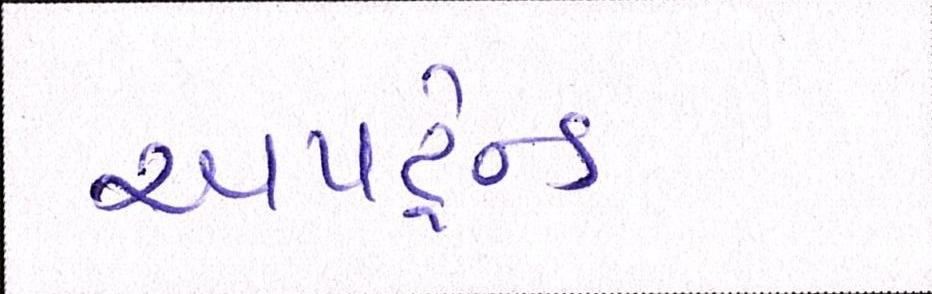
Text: અપટ્રેન્ડ